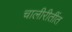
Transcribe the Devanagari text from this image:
चालीरीतींत